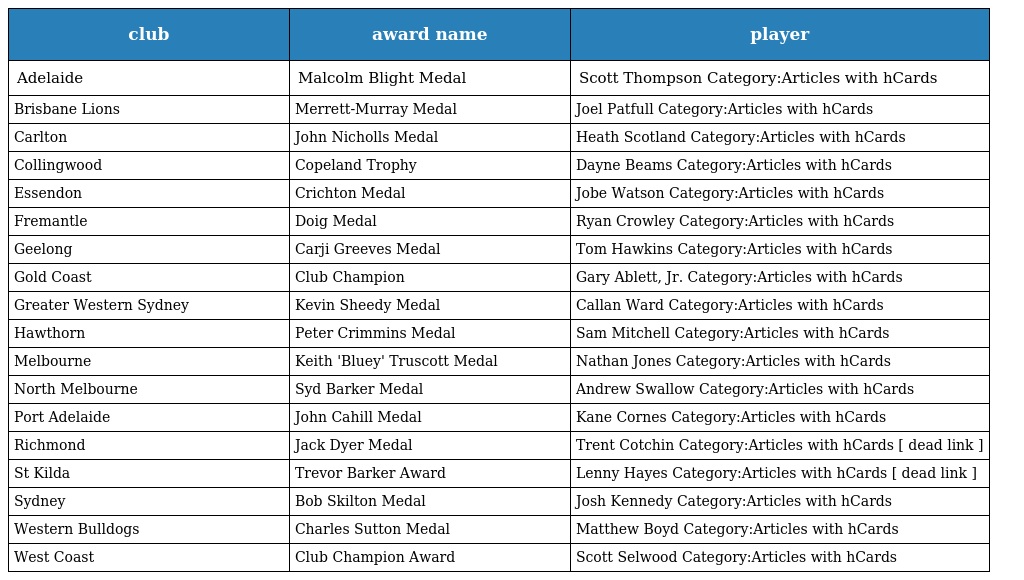
| club | award name | player |
 | --- | --- | --- |
 | Adelaide | Malcolm Blight Medal | Scott Thompson Category:Articles with hCards |
 | Brisbane Lions | Merrett-Murray Medal | Joel Patfull Category:Articles with hCards |
 | Carlton | John Nicholls Medal | Heath Scotland Category:Articles with hCards |
 | Collingwood | Copeland Trophy | Dayne Beams Category:Articles with hCards |
 | Essendon | Crichton Medal | Jobe Watson Category:Articles with hCards |
 | Fremantle | Doig Medal | Ryan Crowley Category:Articles with hCards |
 | Geelong | Carji Greeves Medal | Tom Hawkins Category:Articles with hCards |
 | Gold Coast | Club Champion | Gary Ablett, Jr. Category:Articles with hCards |
 | Greater Western Sydney | Kevin Sheedy Medal | Callan Ward Category:Articles with hCards |
 | Hawthorn | Peter Crimmins Medal | Sam Mitchell Category:Articles with hCards |
 | Melbourne | Keith 'Bluey' Truscott Medal | Nathan Jones Category:Articles with hCards |
 | North Melbourne | Syd Barker Medal | Andrew Swallow Category:Articles with hCards |
 | Port Adelaide | John Cahill Medal | Kane Cornes Category:Articles with hCards |
 | Richmond | Jack Dyer Medal | Trent Cotchin Category:Articles with hCards [ dead link ] |
 | St Kilda | Trevor Barker Award | Lenny Hayes Category:Articles with hCards [ dead link ] |
 | Sydney | Bob Skilton Medal | Josh Kennedy Category:Articles with hCards |
 | Western Bulldogs | Charles Sutton Medal | Matthew Boyd Category:Articles with hCards |
 | West Coast | Club Champion Award | Scott Selwood Category:Articles with hCards |